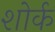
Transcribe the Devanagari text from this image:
शोर्क